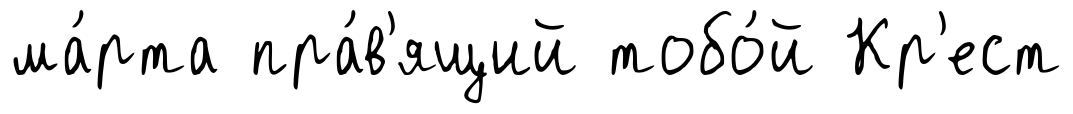
ма́рта пра́в'ящий тобо́й Кр'ест